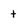
Character: t